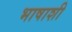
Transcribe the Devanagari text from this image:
भाषाशी